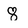
Character: 8